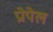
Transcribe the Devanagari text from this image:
प्रोपेल